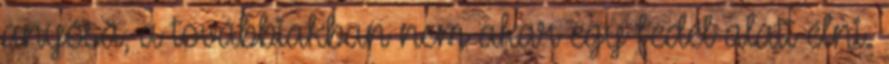
anyósa, a továbbiakban nem akar egy fedél alatt élni.